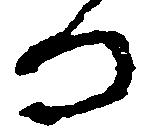
る